Eesti_Vabariigi_Tartu_Ulikool, lk 152
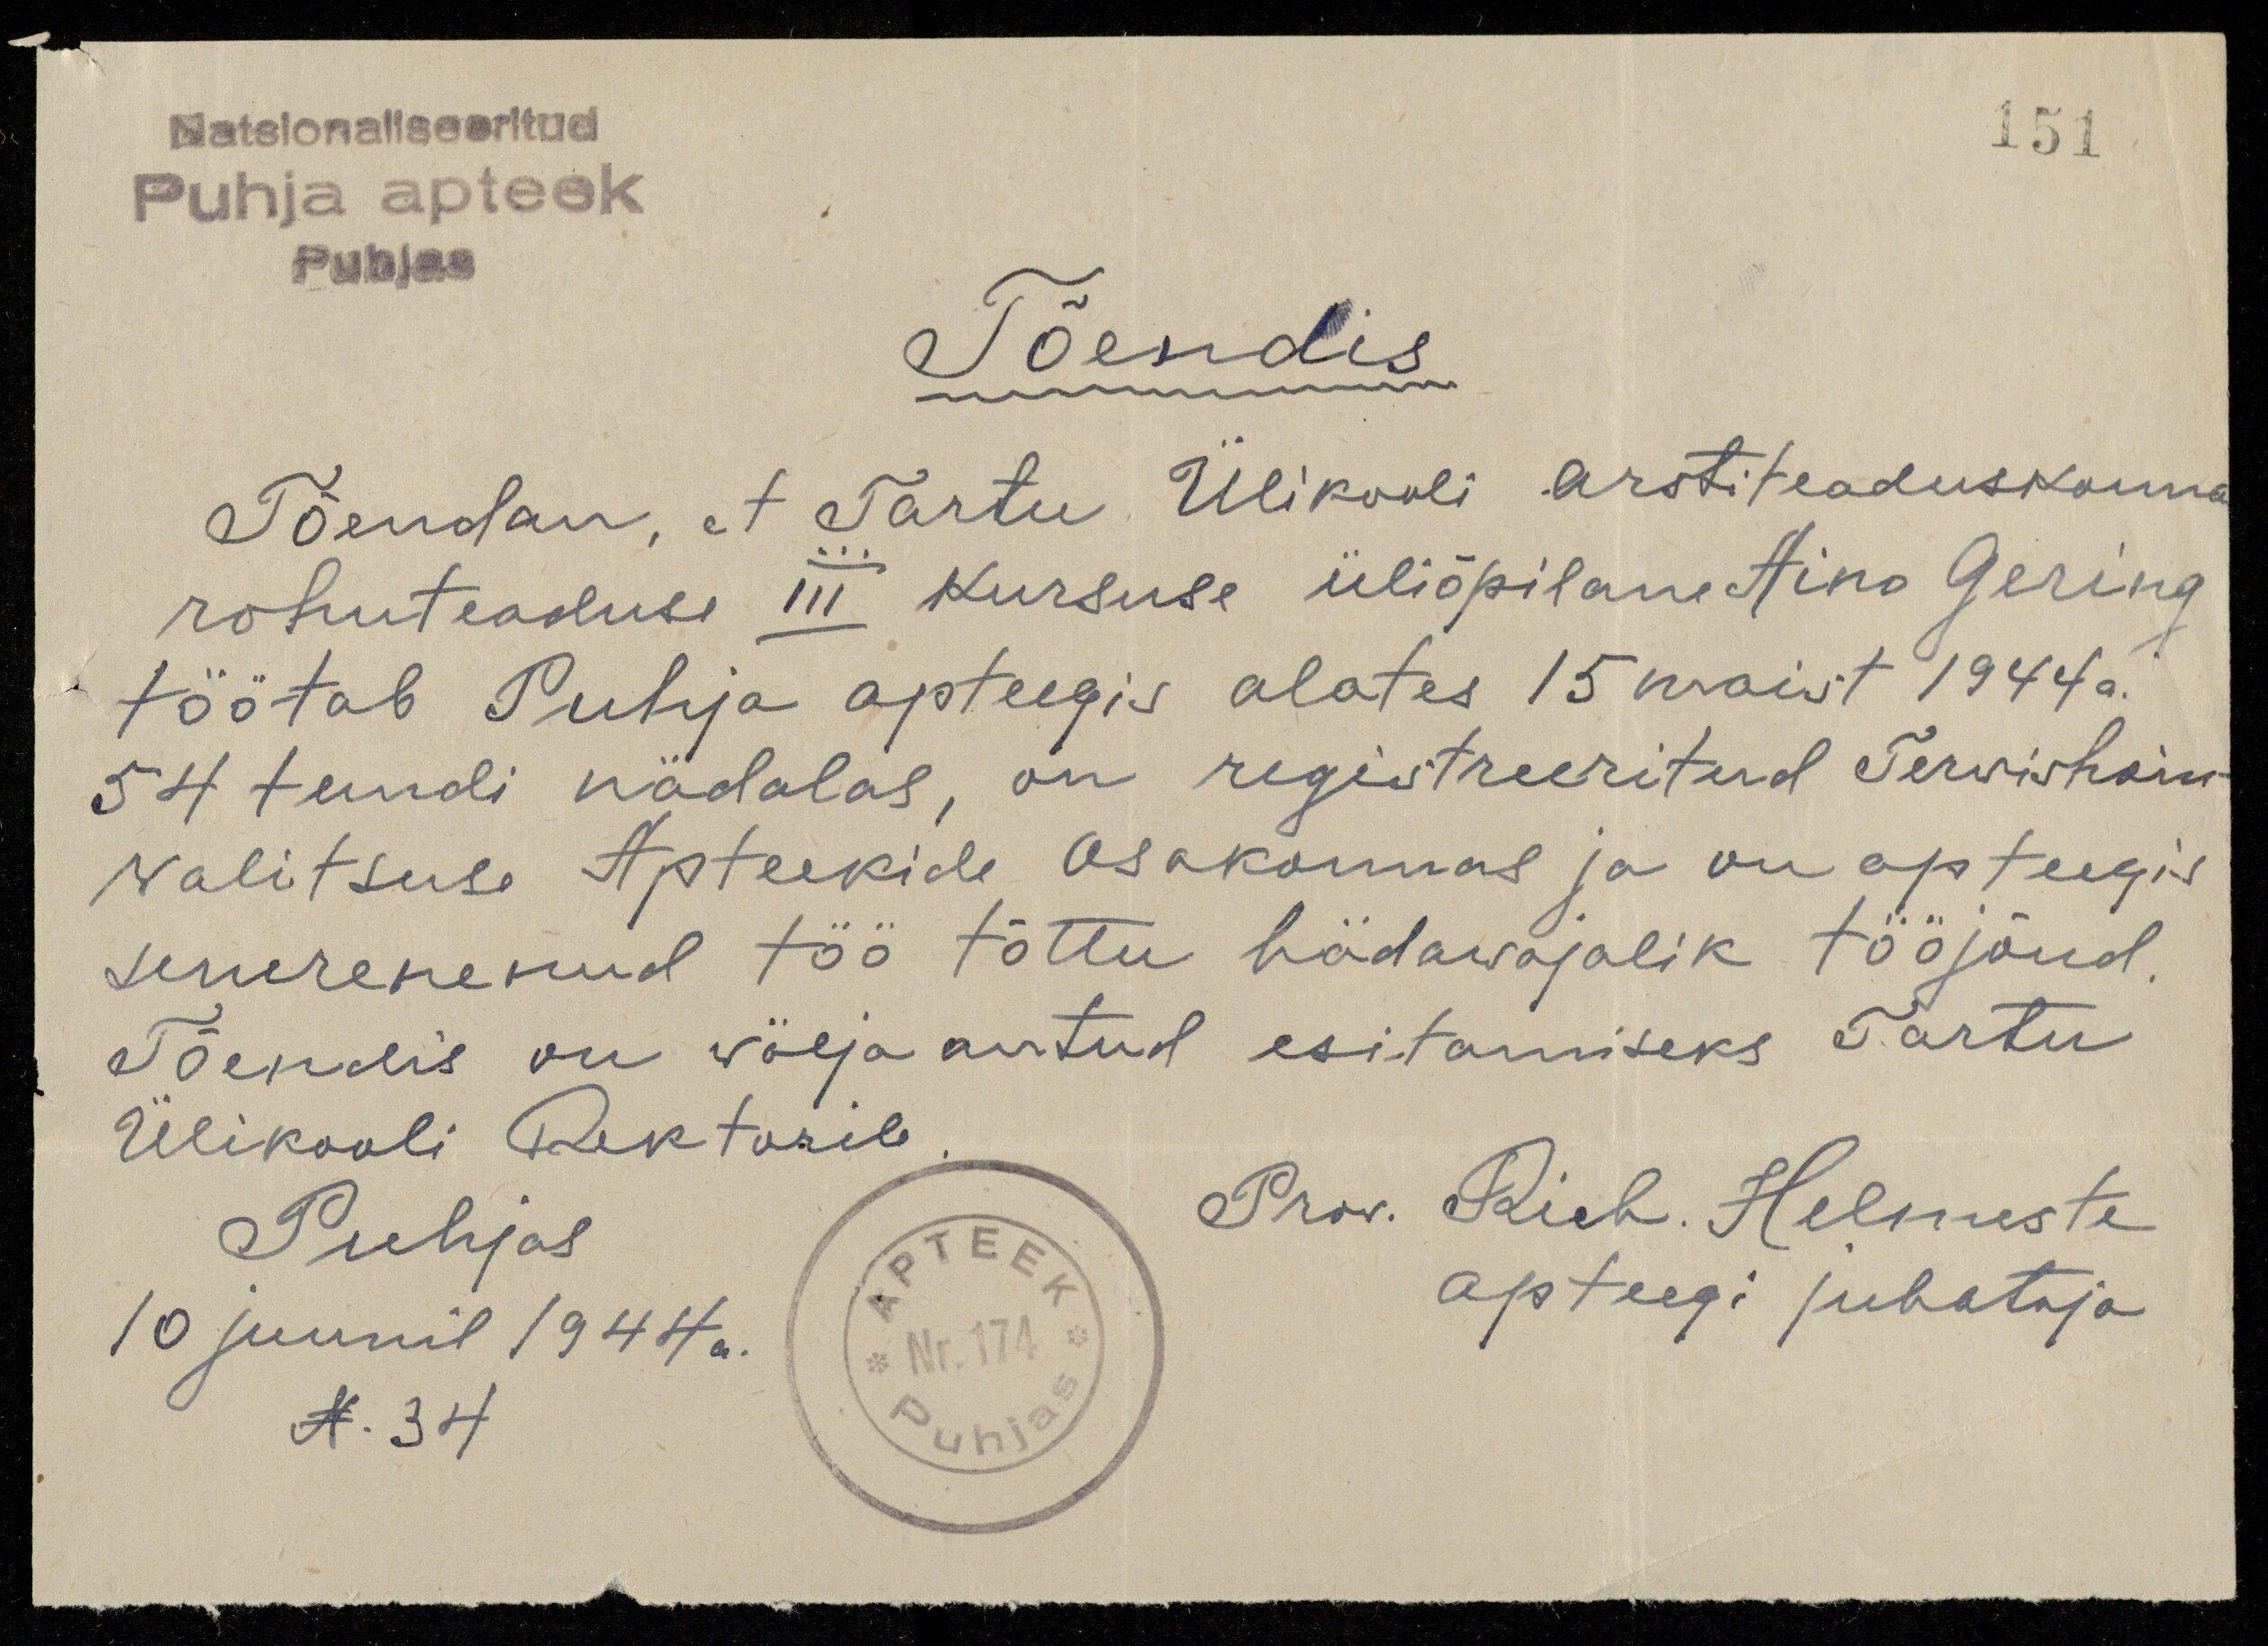
151
Natsionaliseeritud
Puhja apteek
Puhjas
Tõendis
Tõendan, et Tartu Ülikooli arstiteaduskonna
rohuteaduse III kursuse üliõpilane Aino Gering
töötab Puhja apteegis alates 15 maist 1944 a.
54 tundi nädalas, on registreeritud Tervishoiu-
walitsuse Apteekide osakonnas ja on apteegis
suurenenud töö tõttu hädawajalik tööjõud
Tõendis on välja antud esitamiseks Tartu
Ülikooli Rektorile
Prow. Rich. Helmeste
apteegi juhataja
Puhjas
10 juunil 1944 a.
N. 34